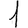
Digit: 1